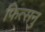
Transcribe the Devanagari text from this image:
फित्सनु